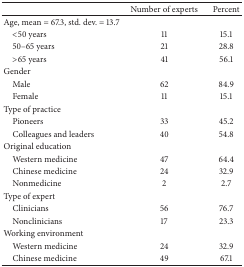
<table><thead><tr><td><b> </b></td><td><b>Number of experts </b></td><td><b>Percent </b></td></tr></thead><tbody><tr><td>Age, mean = 67.3, std. dev. = 13.7</td><td> </td><td> </td></tr><tr><td> &lt;50 years </td><td>11</td><td>15.1</td></tr><tr><td> 50–65 years </td><td>21</td><td>28.8</td></tr><tr><td> &gt;65 years </td><td>41</td><td>56.1</td></tr><tr><td>Gender </td><td> </td><td> </td></tr><tr><td> Male </td><td>62</td><td>84.9</td></tr><tr><td> Female </td><td>11</td><td>15.1</td></tr><tr><td>Type of practice</td><td> </td><td> </td></tr><tr><td> Pioneers </td><td>33</td><td>45.2</td></tr><tr><td> Colleagues and leaders</td><td>40</td><td>54.8</td></tr><tr><td>Original education </td><td> </td><td> </td></tr><tr><td> Western medicine </td><td>47</td><td>64.4</td></tr><tr><td> Chinese medicine </td><td>24</td><td>32.9</td></tr><tr><td> Nonmedicine </td><td>2</td><td>2.7</td></tr><tr><td>Type of expert</td><td> </td><td> </td></tr><tr><td> Clinicians </td><td>56</td><td>76.7</td></tr><tr><td> Nonclinicians</td><td>17</td><td>23.3</td></tr><tr><td>Working environment </td><td> </td><td> </td></tr><tr><td> Western medicine </td><td>24</td><td>32.9</td></tr><tr><td> Chinese medicine </td><td>49</td><td>67.1</td></tr></tbody></table>